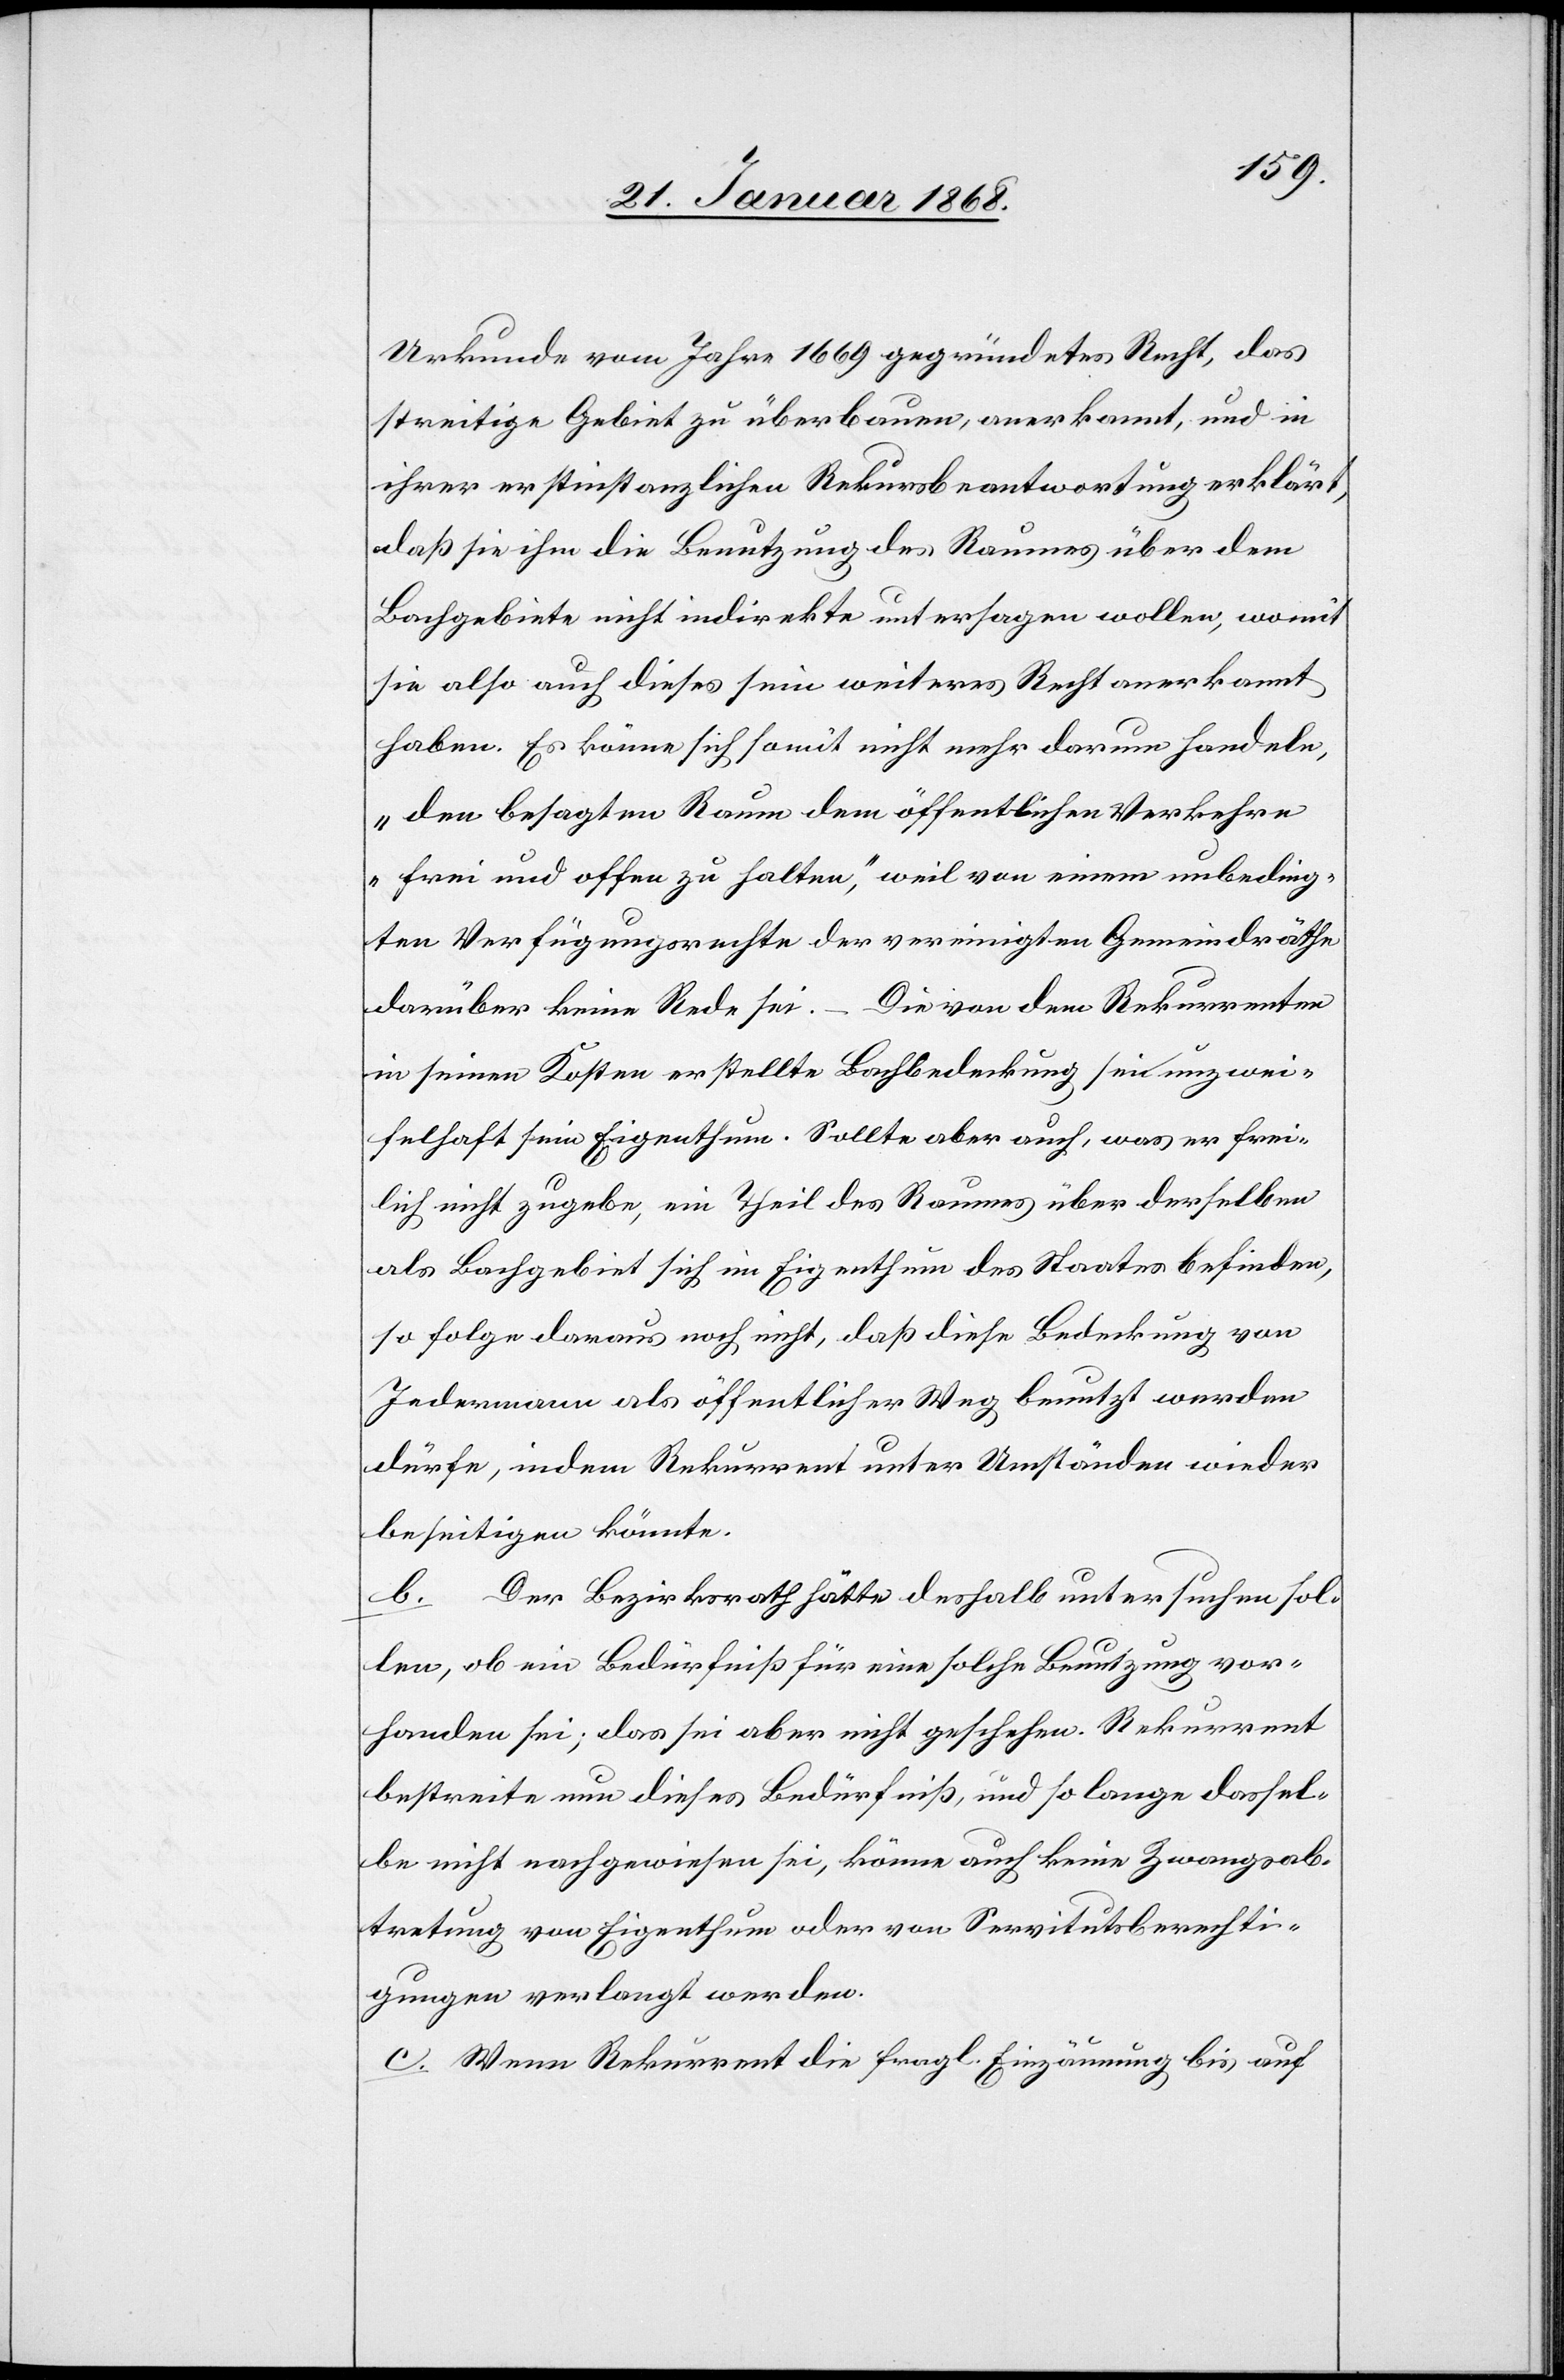
Urkunde vom Jahre 1669 gegründetes Recht, das
streitige Gebiet zu überbauen, anerkannt, und in
ihrer erstinstanzlichen Rekursbeantwortung erklärt,
daß sie ihm die Benutzung des Raumes über dem
Bachgebiete nicht indirekte untersagen wollen, womit
sie also auch dieses sein weiteres Recht anerkannt
haben. Es könne sich somit nicht mehr darum handeln,
„den besagten Raum dem öffentlichen Verkehre
frei und offen zu halten,“ weil von einem unbeding¬
ten Verfügungsrechte der vereinigten Gemeindräthe
darüber keine Rede sei. – Die von dem Rekurrenten
in seinen Kosten erstellte Bachbedeckung sei unzwei¬
felhaft sein Eigenthum. Sollte aber auch, was er frei¬
lich nicht zugebe, ein Theil des Raumes über derselben
als Bachgebiet sich im Eigenthum des Staates befinden,
so folge daraus noch nicht, daß diese Bedeckung von
Jedermann als öffentlicher Weg benutzt werden
dürfe, indem Rekurrent unter Umständen wieder
beseitigen könnte.
b. Der Bezirksrath hätte deshalb untersuchen sol¬
len, ob ein Bedürfniß für eine solche Benutzung vor¬
handen sei; das sei aber nicht geschehen. Rekurrent
bestreite nun dieses Bedürfniß, und so lange dassel¬
be nicht nachgewiesen sei, könne auch keine Zwangsab¬
tretung von Eigenthum oder von Servitutsberechti¬
gungen verlangt werden.
c. Wenn Rekurrent die fragl. Einzäunung bis auf